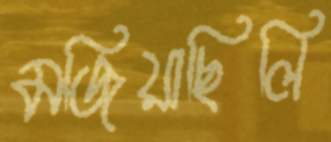
মজিয়াছিলি